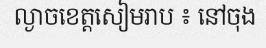
ល្ងាចខេត្តសៀមរាប ៖ នៅចុង